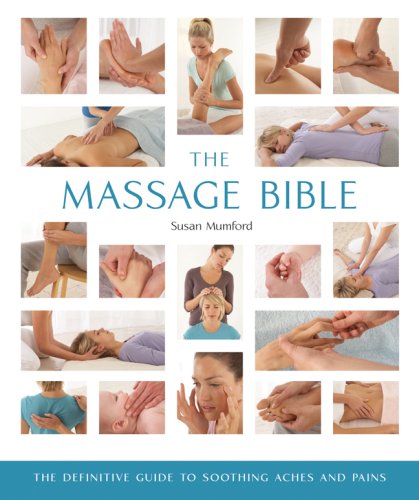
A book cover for The Massage Bible: The Definitive Guide to Soothing Aches and Pains; Susan Mumford; Health, Fitness & Dieting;